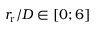
r _ { \mathrm { r } } / D \in [ 0 ; 6 ]